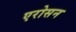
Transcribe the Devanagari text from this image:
एरोसन